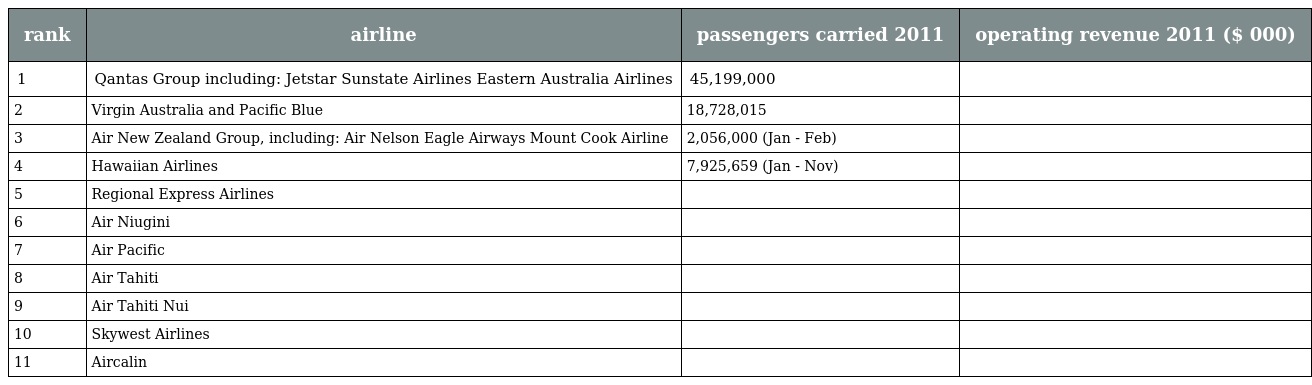
| rank | airline | passengers carried 2011 | operating revenue 2011 ($ 000) |
 | --- | --- | --- | --- |
 | 1 | Qantas Group including: Jetstar Sunstate Airlines Eastern Australia Airlines | 45,199,000 |  |
 | 2 | Virgin Australia and Pacific Blue | 18,728,015 |  |
 | 3 | Air New Zealand Group, including: Air Nelson Eagle Airways Mount Cook Airline | 2,056,000 (Jan - Feb) |  |
 | 4 | Hawaiian Airlines | 7,925,659 (Jan - Nov) |  |
 | 5 | Regional Express Airlines |  |  |
 | 6 | Air Niugini |  |  |
 | 7 | Air Pacific |  |  |
 | 8 | Air Tahiti |  |  |
 | 9 | Air Tahiti Nui |  |  |
 | 10 | Skywest Airlines |  |  |
 | 11 | Aircalin |  |  |